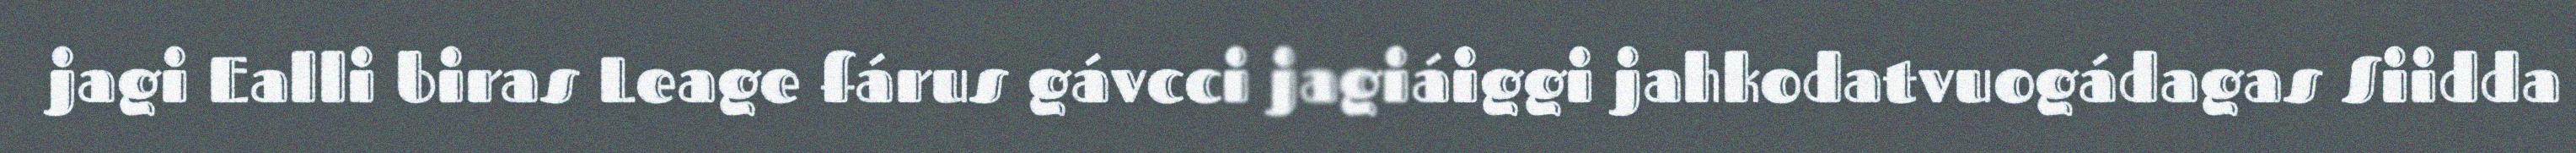
jagi Ealli biras Leage fárus gávcci jagiáiggi jahkodatvuogádagas Siidda